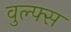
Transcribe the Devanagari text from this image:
वुल्फ्स